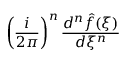
\left( { \frac { i } { 2 \pi } } \right) ^ { n } { \frac { d ^ { n } { \hat { f } } ( \xi ) } { d \xi ^ { n } } }